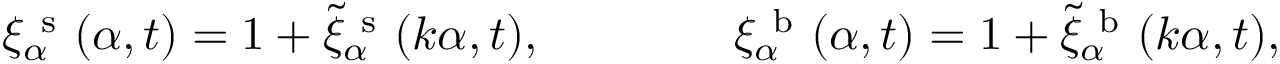
\xi _ { \alpha } ^ { \mathrm { ~ s ~ } } ( \alpha , t ) = 1 + \tilde { \xi } _ { \alpha } ^ { \mathrm { ~ s ~ } } ( \boldsymbol k \alpha , t ) , \qquad \qquad \xi _ { \alpha } ^ { \mathrm { ~ b ~ } } ( \alpha , t ) = 1 + \tilde { \xi } _ { \alpha } ^ { \mathrm { ~ b ~ } } ( \boldsymbol k \alpha , t ) ,